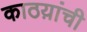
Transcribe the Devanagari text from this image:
काठय़ांची